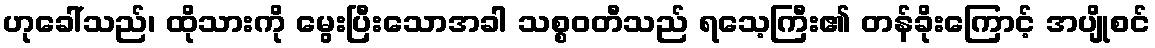
ဟုခေါ်သည်၊ ထိုသားကို မွေးပြီးသောအခါ သစ္စဝတီသည် ရသေ့ကြီး၏ တန်ခိုးကြောင့် အပျိုစင်